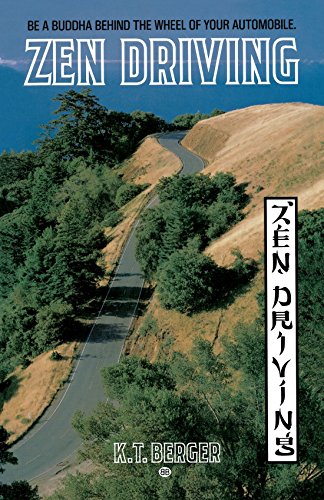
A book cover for Zen Driving; K.T. Berger; Test Preparation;